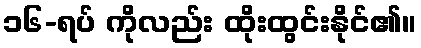
၁၆-ရပ် ကိုလည်း ထိုးထွင်းနိုင်၏။